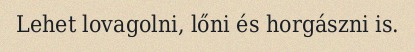
Lehet lovagolni, lőni és horgászni is.